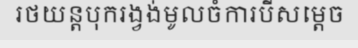
រថយន្តបុករង្វង់មូលចំការបីសម្តេច